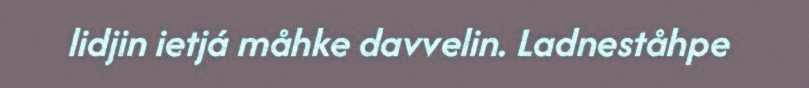
lidjin ietjá måhke davvelin. Ladneståhpe